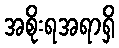
အစိုးရအရာရှိ